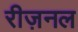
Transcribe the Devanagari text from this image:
रीज़नल